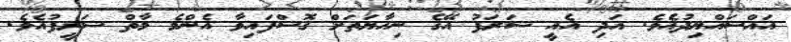
އައްސައްޔިދުއެވެ. އަދި އެއީ ޝަރަފު އޭގެ ނިހާޔަތަށް ގޮސްފައިވާ އެންމެ މާތް ޝަރީފުއެވެ.